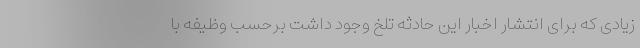
زیادی که برای انتشار اخبار این حادثه تلخ وجود داشت برحسب وظیفه با